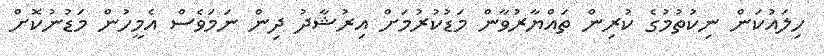
ހިލައުކަން ނިކުތުމުގެ ކުރިން ތައްޔާރުވާން މަޑުކުރުމަށް އިރުޝާދު ދިން ނަމަވެސް އެމީހުން މަޑުނުކޮށް